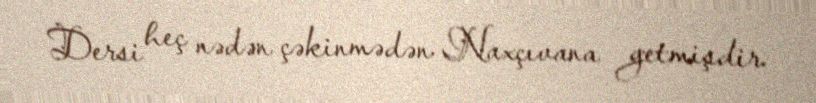
Dersi heç nədən çəkinmədən Naxçıvana getmişdir.